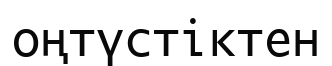
оңтүстіктен